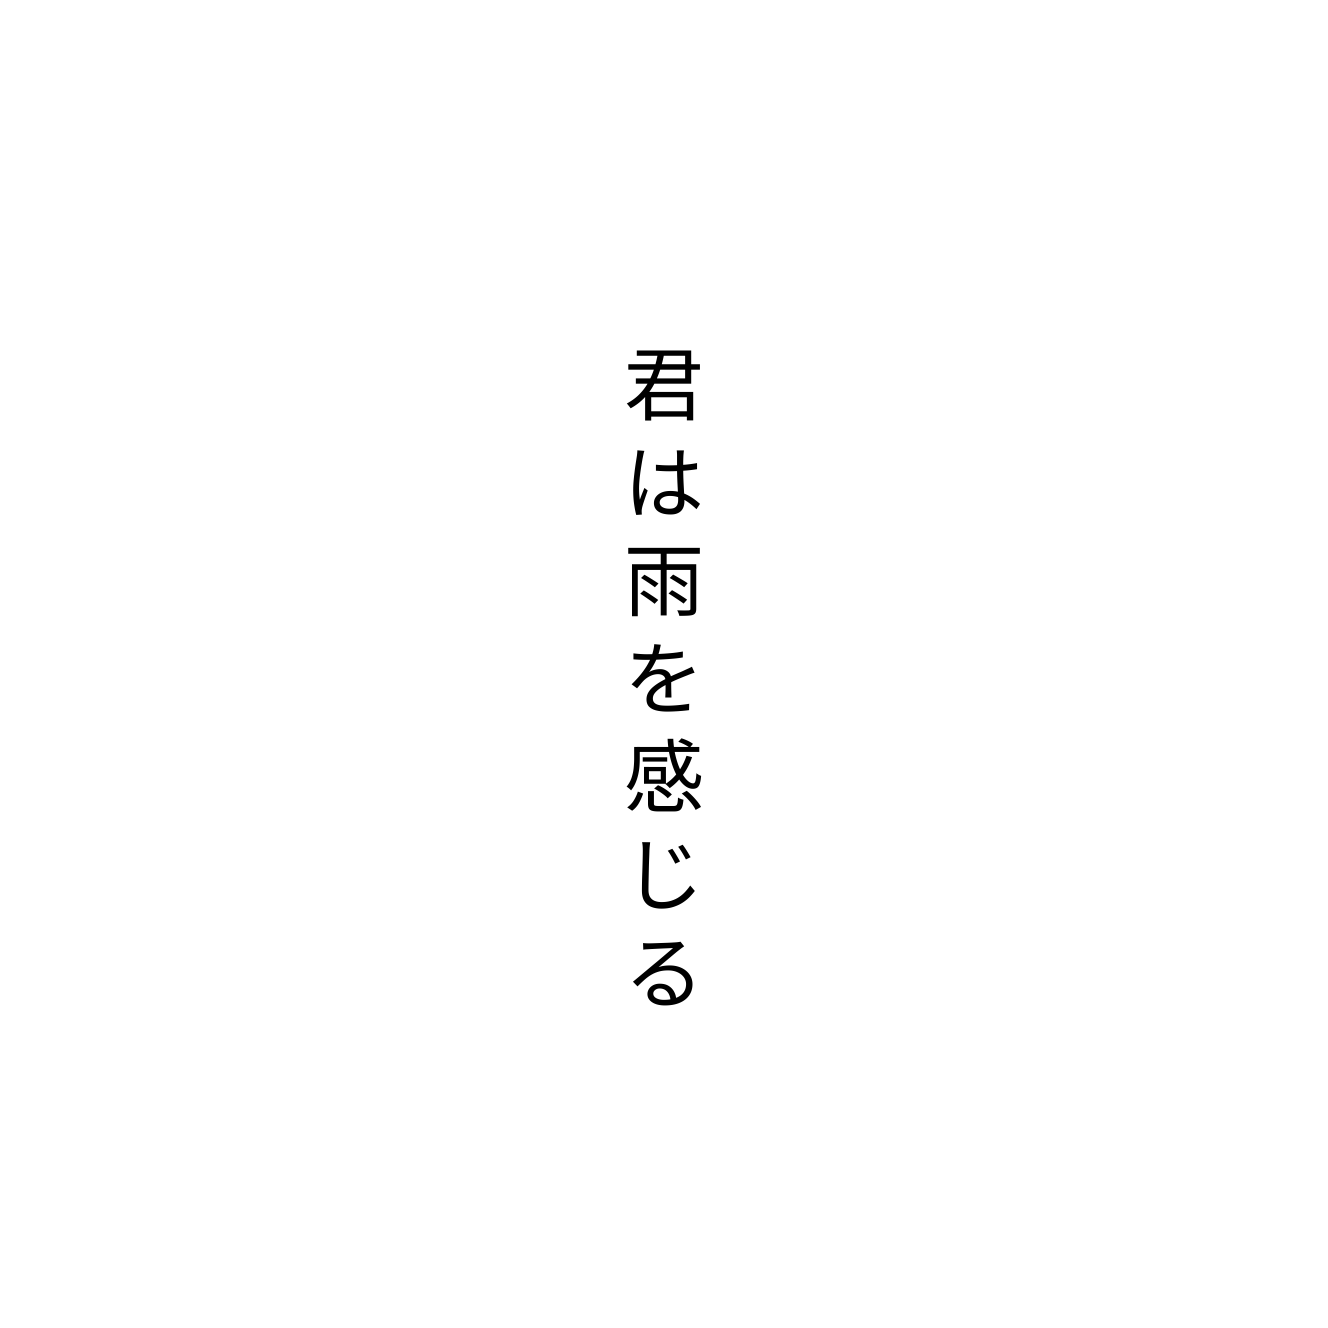
君は雨を感じる